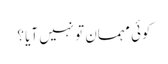
کوئی مہمان تو نہیں آیا ؟